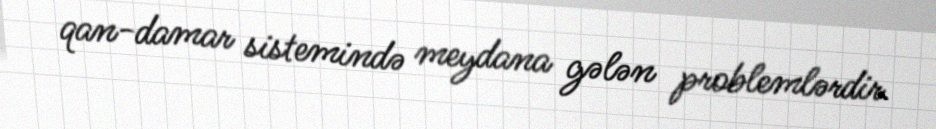
qan-damar sistemində meydana gələn problemlərdir.